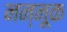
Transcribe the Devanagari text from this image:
नन्नूक